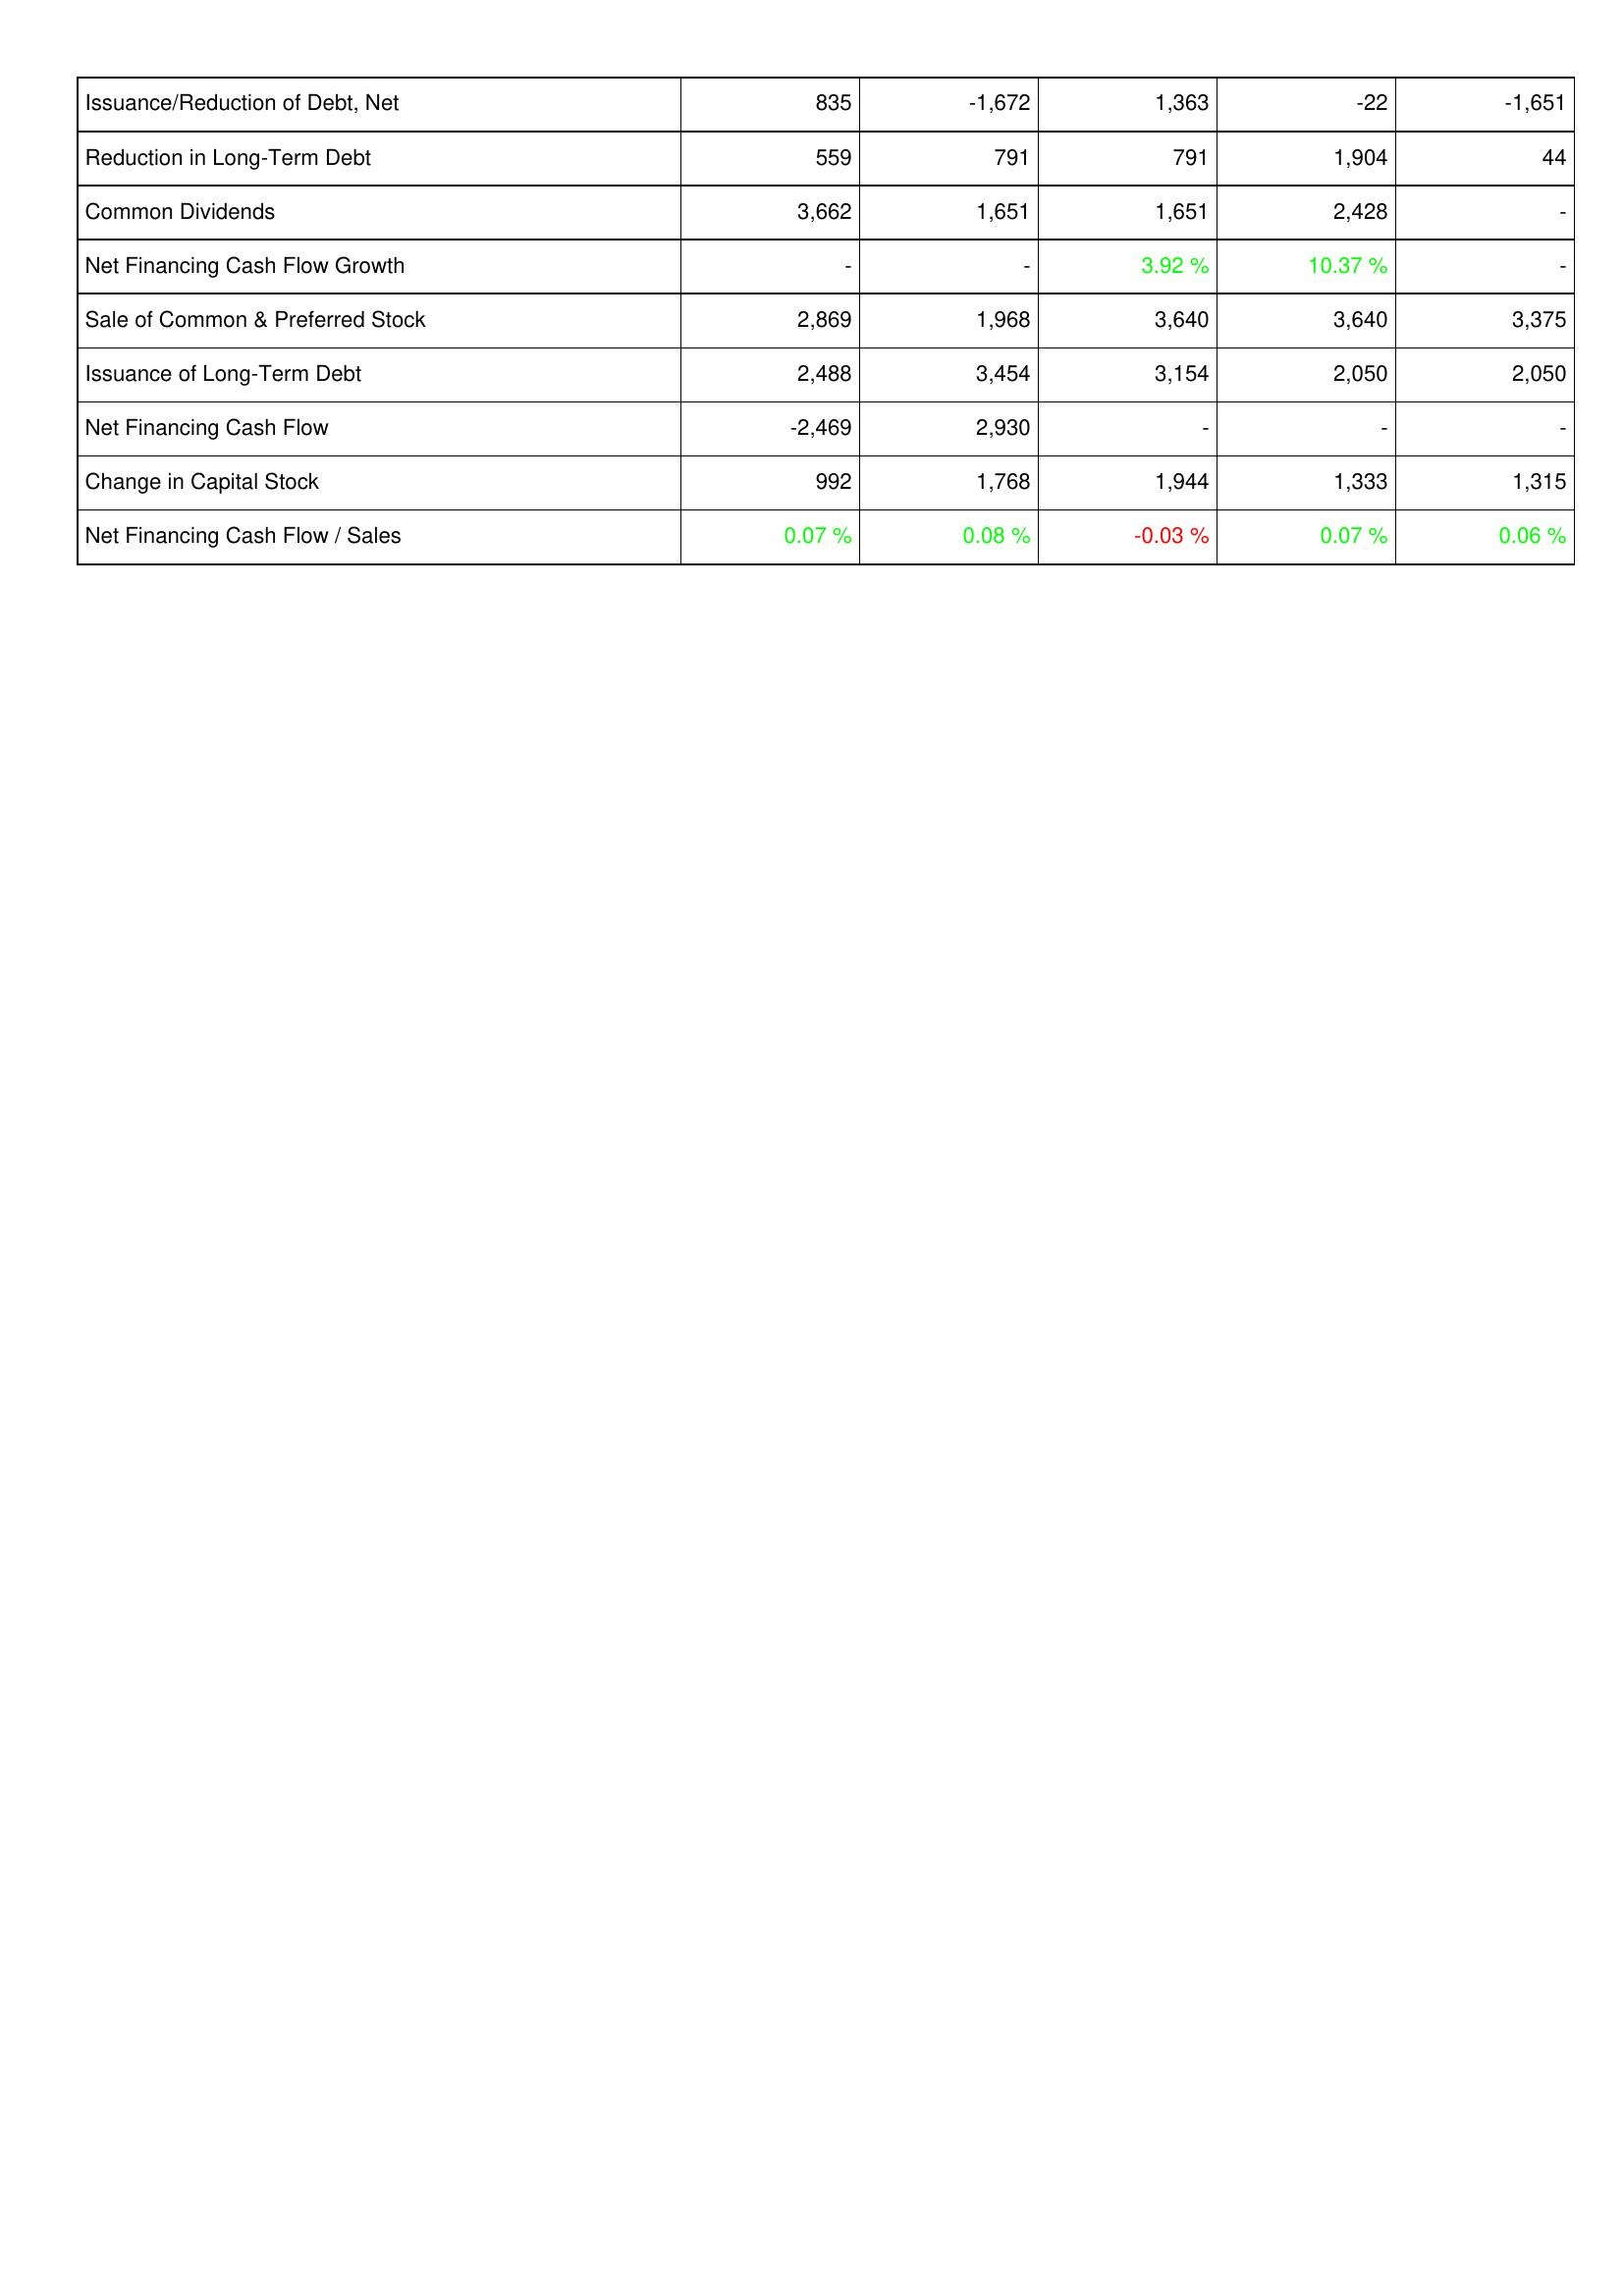
2025: Financing Activities: Issuance/Reduction of Debt, Net: 835
Reduction in Long-Term Debt: 559
Common Dividends: 3,662
Net Financing Cash Flow Growth: -
Sale of Common & Preferred Stock: 2,869
Issuance of Long-Term Debt: 2,488
Net Financing Cash Flow: -2,469
Change in Capital Stock: 992
Net Financing Cash Flow / Sales: 0.07 %
2024: Financing Activities: Issuance/Reduction of Debt, Net: -1,672
Reduction in Long-Term Debt: 791
Common Dividends: 1,651
Net Financing Cash Flow Growth: -
Sale of Common & Preferred Stock: 1,968
Issuance of Long-Term Debt: 3,454
Net Financing Cash Flow: 2,930
Change in Capital Stock: 1,768
Net Financing Cash Flow / Sales: 0.08 %
2023: Financing Activities: Issuance/Reduction of Debt, Net: 1,363
Reduction in Long-Term Debt: 791
Common Dividends: 1,651
Net Financing Cash Flow Growth: 3.92 %
Sale of Common & Preferred Stock: 3,640
Issuance of Long-Term Debt: 3,154
Net Financing Cash Flow: -
Change in Capital Stock: 1,944
Net Financing Cash Flow / Sales: -0.03 %
2022: Financing Activities: Issuance/Reduction of Debt, Net: -22
Reduction in Long-Term Debt: 1,904
Common Dividends: 2,428
Net Financing Cash Flow Growth: 10.37 %
Sale of Common & Preferred Stock: 3,640
Issuance of Long-Term Debt: 2,050
Net Financing Cash Flow: -
Change in Capital Stock: 1,333
Net Financing Cash Flow / Sales: 0.07 %
2021: Financing Activities: Issuance/Reduction of Debt, Net: -1,651
Reduction in Long-Term Debt: 44
Common Dividends: -
Net Financing Cash Flow Growth: -
Sale of Common & Preferred Stock: 3,375
Issuance of Long-Term Debt: 2,050
Net Financing Cash Flow: -
Change in Capital Stock: 1,315
Net Financing Cash Flow / Sales: 0.06 %